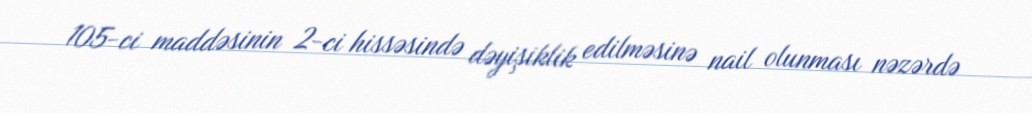
105-ci maddəsinin 2-ci hissəsində dəyişiklik edilməsinə nail olunması nəzərdə